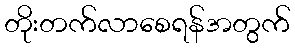
တိုးတက်လာစေရန်အတွက်